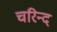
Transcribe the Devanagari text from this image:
चरिन्द